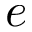
e